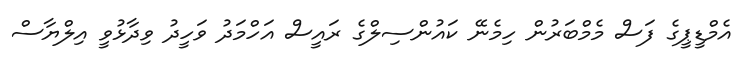
އެމްޑީޕީގެ ފަސް މެމްބަރުން ހިމެނޭ ކައުންސިލްގެ ރައީސް އަހްމަދު ވަހީދު ވިދާޅުވީ އިލްޔާސް